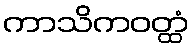
ကာသိကဝတ္ထံ